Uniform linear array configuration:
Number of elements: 16
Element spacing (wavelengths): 0.25
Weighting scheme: cosine
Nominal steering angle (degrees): -30
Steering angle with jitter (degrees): -28.329
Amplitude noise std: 0.05
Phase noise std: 0.05

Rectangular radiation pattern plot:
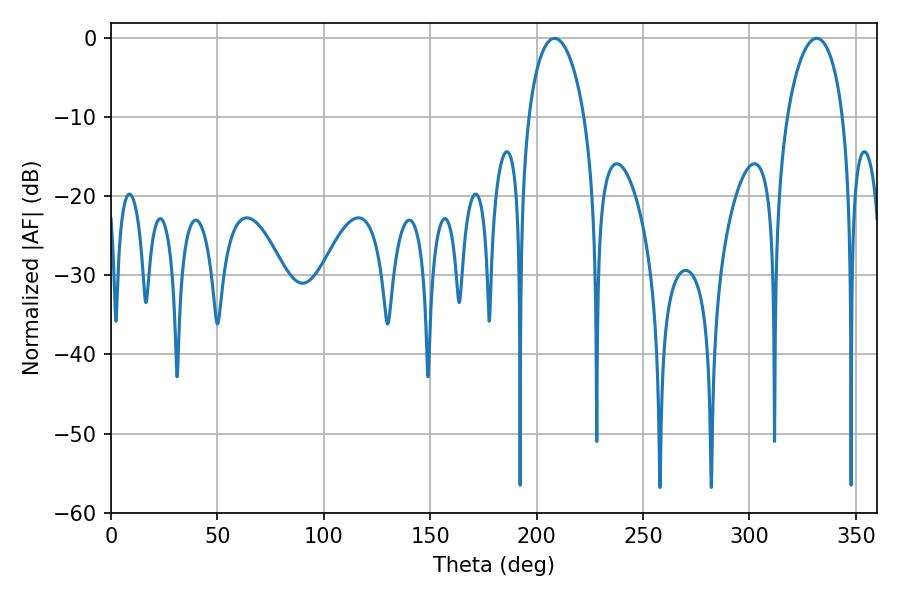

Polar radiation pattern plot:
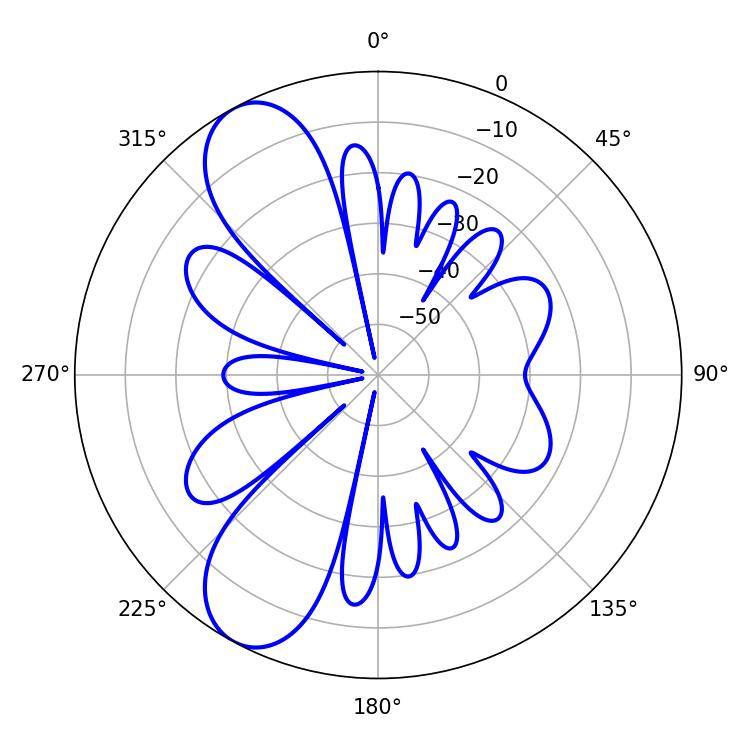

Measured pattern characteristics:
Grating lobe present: FALSE
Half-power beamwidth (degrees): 14.94
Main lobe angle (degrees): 208.44